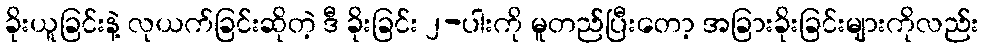
ခိုးယူခြင်းနဲ့ လုယက်ခြင်းဆိုတဲ့ ဒီ ခိုးခြင်း ၂-ပါးကို မူတည်ပြီးတော့ အခြားခိုးခြင်းများကိုလည်း